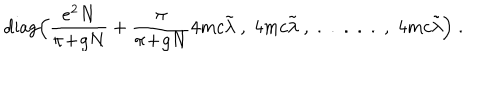
LaTeX: \mathrm { d i a g } \Big ( \frac { e ^ { 2 } N } { \pi \! + \! g N } + \frac { \pi } { \pi \! + \! g N } 4 m c \tilde { \lambda } \; , \; 4 m c \tilde { \lambda } \; , \; . \; . \; . \; . \; . \; , \; 4 m c \tilde { \lambda } \Big ) \; .